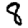
Digit: 8